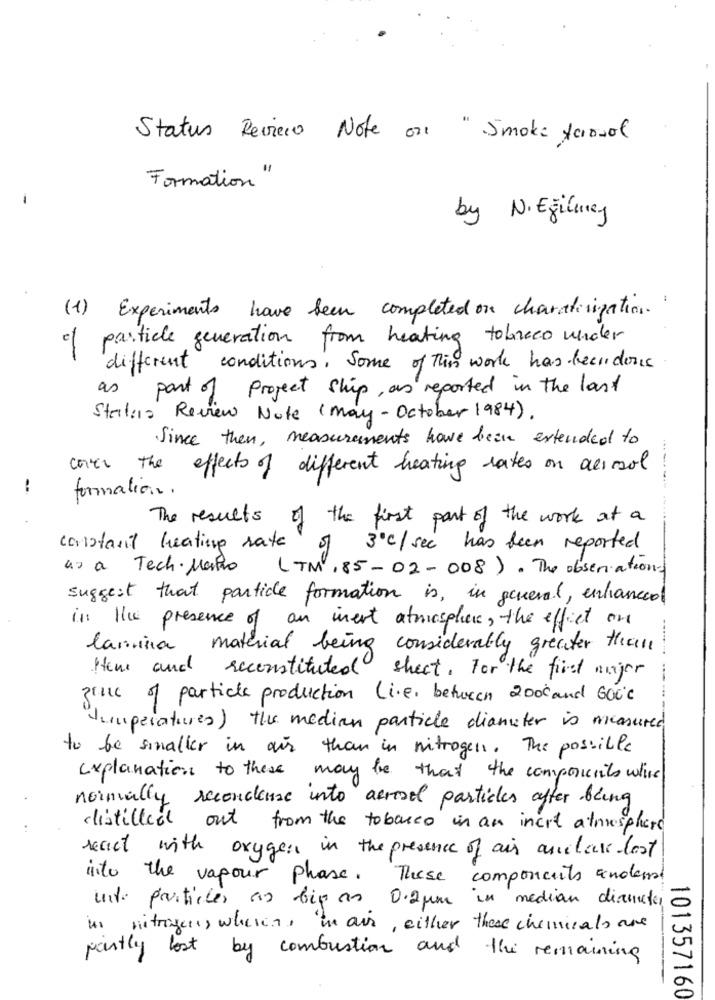
Status Reviero Note on " Smoke forwol
Formation
by N. Egilury
(1) Experiments have been completed on charatilization.
of particle generation from heating tobreco under
different conditions. Some of this work has beendoris
as part of project ship, as reported in the last
Starters Review Note ( May- October 1984).
Since then , measurements have been extended to
contr the
effects of different heating rates on aerosol
----
--
formation.
The results
of the first part of the work at a
constant heating rate
5
3ºC / see has been reported
as a Tech- Maio
(TM ,85- 02- 008) . The observations
suggest that particle formation is, in general, enhanceol
in the presence of an inert atmosphere, the effect on
lamina material being considerably greater than
Home and reconstituted sheet. For the first mujer
zine of particle production (i.e. between 2000 and GO0℃
Iiiuperatures ) the median particle diameter is measured
to be smaller in air than in nitrogen. The possible
explanation to these may be that the components which
normally secondlenne into aerosol particles after being
distilled out
from the tobacco in an incre atmosphere
react with oxygen in the presence of air andlare lost
into the vapour phase. These components andent
inte particles as big an 0.2pm in median diameter
in nitrogen, where, in air, either these chemicals are
partly lost by combustion and the remaining
101357160